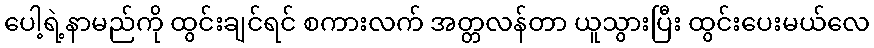
ပေါ့ရဲ့နာမည်ကို ထွင်းချင်ရင် စကားလက် အတ္တလန်တာ ယူသွားပြီး ထွင်းပေးမယ်လေ